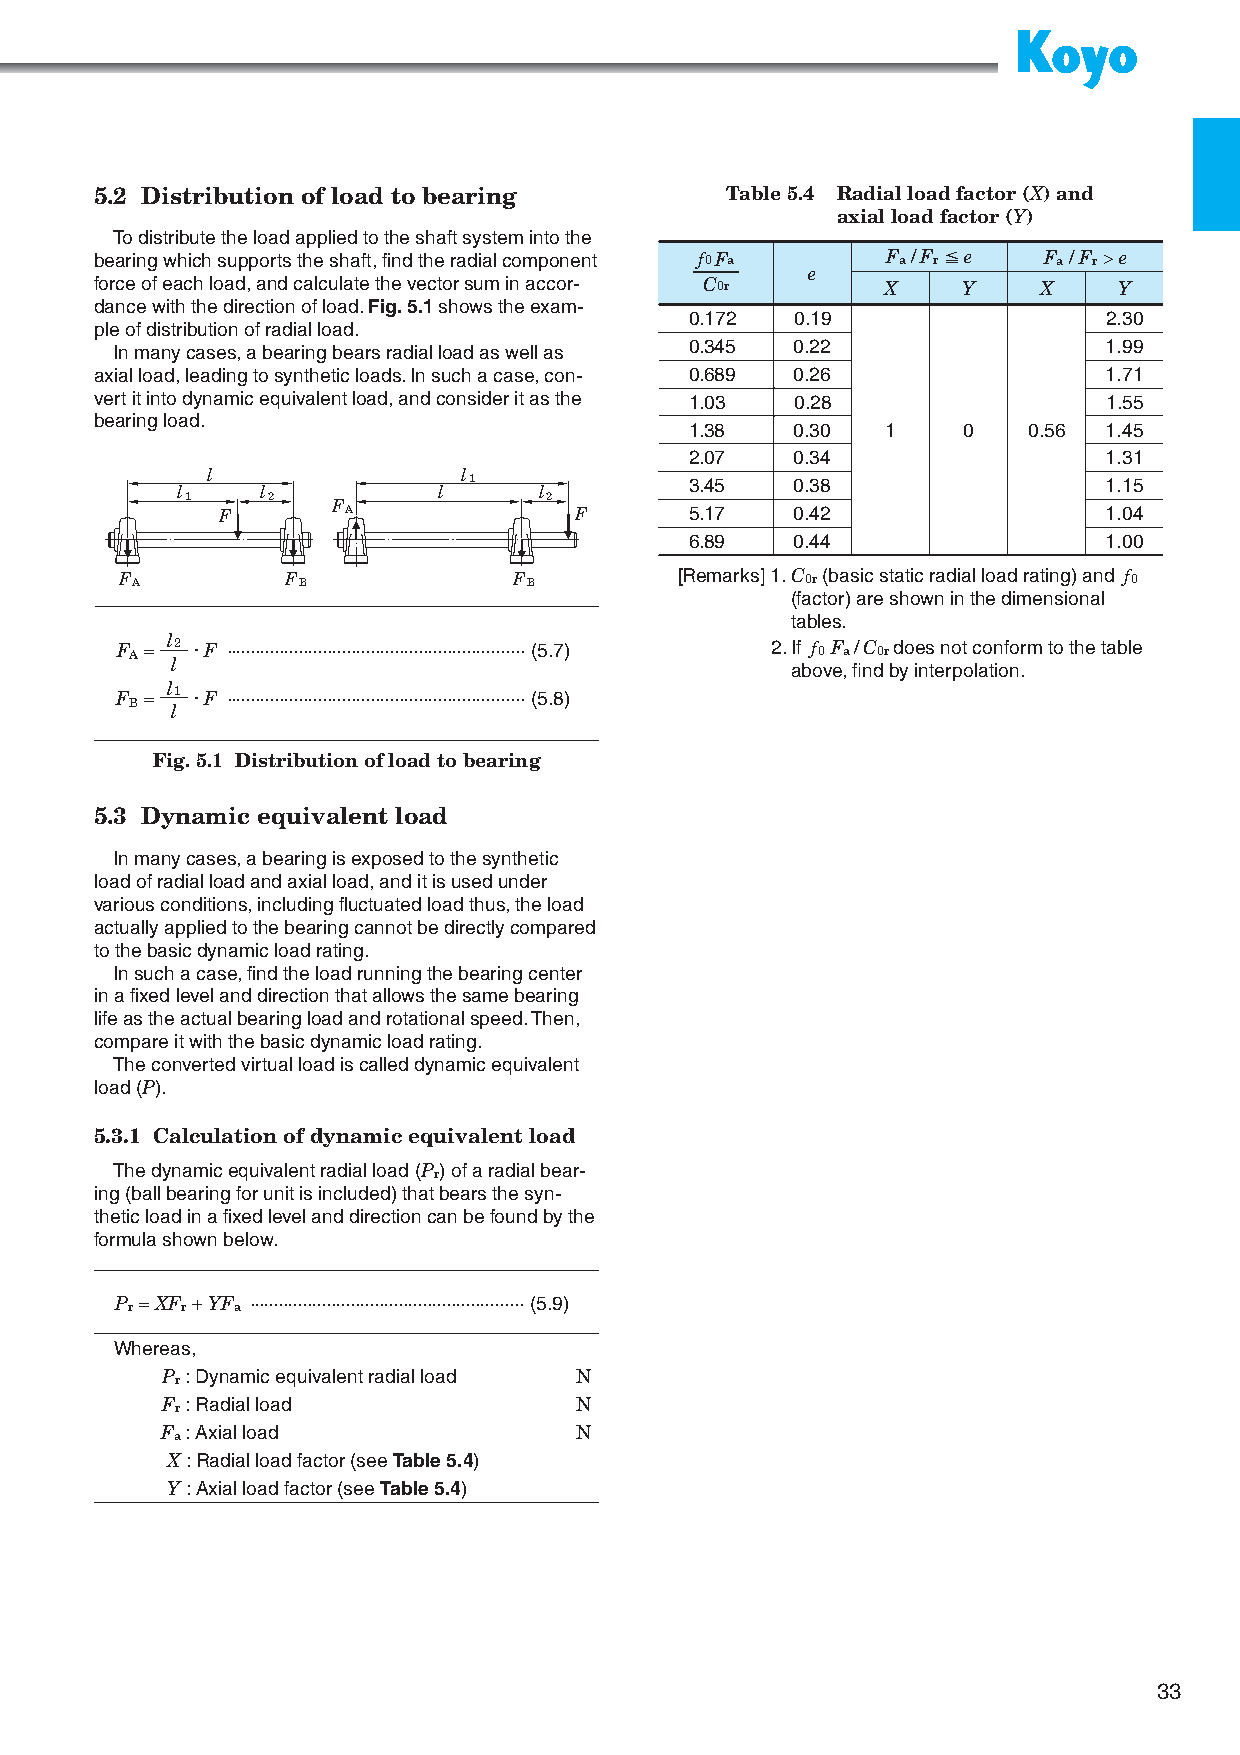
5.2 Distribution of load to bearing       Table 5.4 R adial load factor (X) and
 axial load factor (Y)
 To distribute the load applied to the shaft system into the
 bearing which supports the shaft, find the radial component f0 Fa F a / F r ≦ e F a / F r > e
 e
 force of each load, and calculate the vector sum in accor- C0r X Y X Y
 dance with the direction of load. Fig. 5.1 shows the exam-
 0.172  0.19                2.30
 ple of distribution of radial load.
 In many cases, a bearing bears radial load as well as 0.345 0.22 1.99
 axial load, leading to synthetic loads. In such a case, con- 0.689 0.26 1.71
 vert it into dynamic equivalent load, and consider it as the 1.03 0.28 1.55
 bearing load.
 1.38   0.30  1    0   0.56 1.45
 2.07   0.34                1.31
 l                l
 l    l           l 1    l         3.45   0.38                1.15
 1     2   F             2
 F       A              F       5.17   0.42                1.04
 6.89   0.44                1.00
 F A        F B            F B        [Remarks] 1. C 0r (basic static radial load rating) and f 0
 (factor) are shown in the dimensional
 tables.
 l
 F A = l2 · F ⋅⋅⋅⋅⋅⋅⋅⋅⋅⋅⋅⋅⋅⋅⋅⋅⋅⋅⋅⋅⋅⋅⋅⋅⋅⋅⋅⋅⋅⋅⋅⋅⋅⋅⋅⋅⋅⋅⋅⋅⋅⋅⋅⋅⋅⋅⋅⋅⋅⋅⋅⋅⋅⋅⋅⋅⋅⋅⋅⋅⋅⋅ (5.7) 2. If f 0 F a / C 0r does not conform to the table
 above, fi nd by interpolation.
 l
 F = 1 · F ⋅⋅⋅⋅⋅⋅⋅⋅⋅⋅⋅⋅⋅⋅⋅⋅⋅⋅⋅⋅⋅⋅⋅⋅⋅⋅⋅⋅⋅⋅⋅⋅⋅⋅⋅⋅⋅⋅⋅⋅⋅⋅⋅⋅⋅⋅⋅⋅⋅⋅⋅⋅⋅⋅⋅⋅⋅⋅⋅⋅⋅⋅ (5.8)
 B l
 Fig. 5.1 Distribution of load to bearing
 5.3 Dynamic equivalent load
 In many cases, a bearing is exposed to the synthetic
 load of radial load and axial load, and it is used under
 various conditions, including fluctuated load thus, the load
 actually applied to the bearing cannot be directly compared
 to the basic dynamic load rating.
 In such a case, find the load running the bearing center
 in a fixed level and direction that allows the same bearing
 life as the actual bearing load and rotational speed. Then,
 compare it with the basic dynamic load rating.
 The converted virtual load is called dynamic equivalent
 load (P).
 5.3.1 Calculation of dynamic equivalent load
 The dynamic equivalent radial load (P r) of a radial bear-
 ing (ball bearing for unit is included) that bears the syn-
 thetic load in a fixed level and direction can be found by the
 formula shown below.
 P = XF + YF ⋅⋅⋅⋅⋅⋅⋅⋅⋅⋅⋅⋅⋅⋅⋅⋅⋅⋅⋅⋅⋅⋅⋅⋅⋅⋅⋅⋅⋅⋅⋅⋅⋅⋅⋅⋅⋅⋅⋅⋅⋅⋅⋅⋅⋅⋅⋅⋅⋅⋅⋅⋅⋅⋅⋅⋅⋅ (5.9)
 r   r  a
 Whereas,
 P r : Dynamic equivalent radial load N
 F r : Radial load          N
 F a : Axial load           N
 X : Radial load factor (see Table 5.4)
 Y : Axial load factor (see Table 5.4)
 33